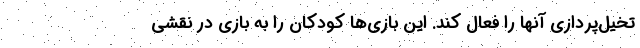
تخیل‌پردازی آنها را فعال کند. این بازی‌ها کودکان را به بازی در نقشی